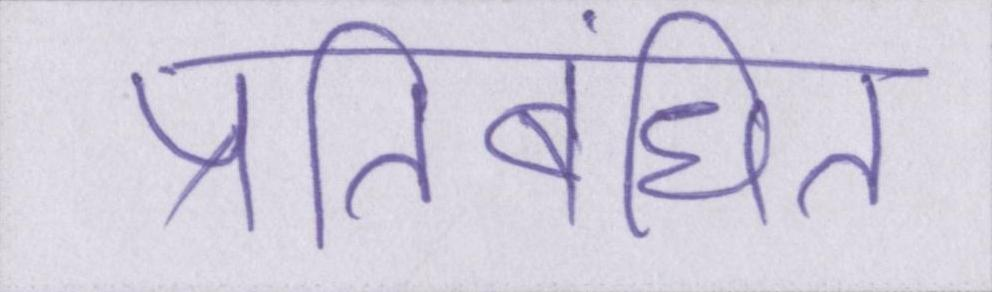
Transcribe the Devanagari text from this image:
प्रतिबंधित